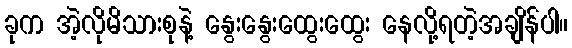
ခုက အဲ့လိုမိသားစုနဲ့ နွေးနွေးထွေးထွေး နေလို့ရတဲ့အချိန်ပါ။